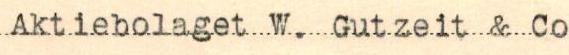
Aktiebolaget W. Gutzeit & Co